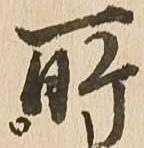
所